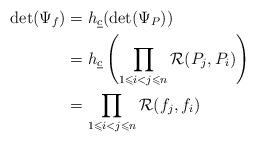
LaTeX: \begin{align*}\det(\Psi_f) &= h_{\underline{c}}(\det(\Psi_P)) \\ &= h_{\underline{c}}\left(\prod_{1 \leqslant i < j \leqslant n}\mathcal{R}(P_j, P_i)\right) \\ &= \prod_{1 \leqslant i < j \leqslant n}\mathcal{R}(f_j, f_i)\end{align*}